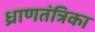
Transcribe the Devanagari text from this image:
ध्राणतंत्रिका